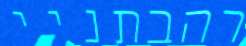
רהבתניי